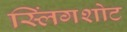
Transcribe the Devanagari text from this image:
स्लिंगशोट